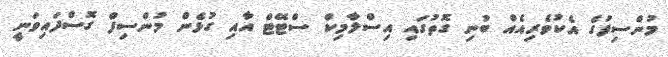
މުންސިފުގެ އެކުވެރިއެއް ބުނި ގޮތުގައި އިސްލާމިކް ސްޓޭޓް އާއި ގުޅެން މުންސިފް ގޮސްފައިވަނީ